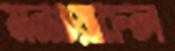
মনওয়ারুল